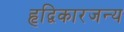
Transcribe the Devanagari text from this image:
हृद्विकारजन्य